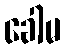
ခေါမ